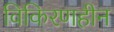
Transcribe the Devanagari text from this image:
विकिरणहीन